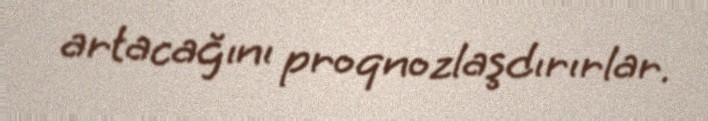
artacağını proqnozlaşdırırlar.